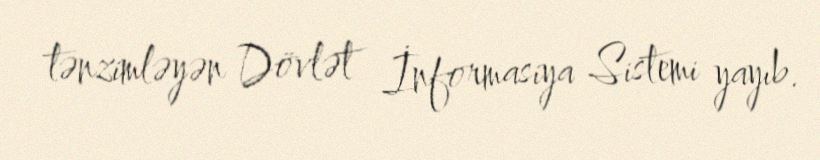
tənzimləyən Dövlət İnformasiya Sistemi yayıb.